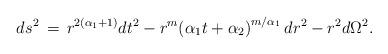
LaTeX: \begin{align*}d{{s}^{2}} \,=\, {{r}^{2({{\alpha }_{1}}+1)}}d{{t}^{2}}-{{r}^{m}}{{({{\alpha }_{1}}t+{{\alpha }_{2}})}^{{m}/{{{\alpha }_{1}}}\;}}d{{r}^{2}}-{{r}^{2}}d{{\Omega }^{2}}.\end{align*}